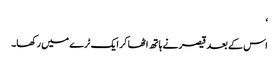
‘
اس کے بعد قیصر نے ہاتھ اٹھا کر ایک ٹرے میں رکھا۔